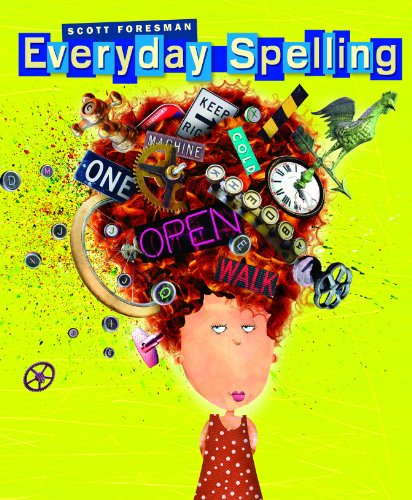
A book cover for SPELLING 2008 STUDENT EDITION CONSUMABLE GRADE 7; Scott Foresman; Reference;